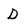
Character: D